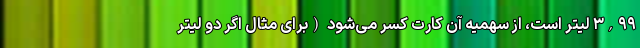
۳,۹۹ لیتر است، از سهمیه آن کارت کسر می‌شود (برای مثال اگر دو لیتر